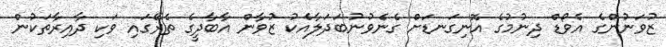
ޒުވަނުންގެ އެވޯޑް ދިނުމުގެ އޮނިގަނޑަށް ގެނެވުނުބަދަލާއެކު ޒުވާން އާބާދީގެ ތެރޭގައި ވަކި ދާއިރާތަކުން